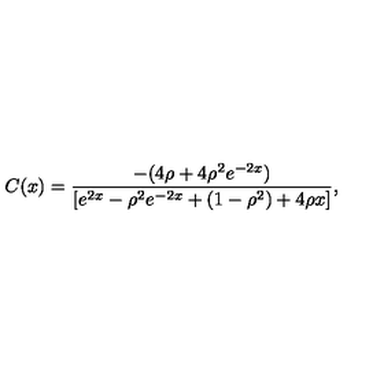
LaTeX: C ( x ) = \frac { - ( 4 \rho + 4 \rho ^ { 2 } e ^ { - 2 x } ) } { [ e ^ { 2 x } - \rho ^ { 2 } e ^ { - 2 x } + ( 1 - \rho ^ { 2 } ) + 4 \rho x ] } ,